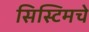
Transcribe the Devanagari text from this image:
सिस्टिमचे